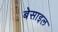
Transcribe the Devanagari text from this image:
बेसाइल